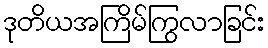
ဒုတိယအကြိမ်ကြွလာခြင်း